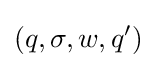
(q,\sigma ,w,q')